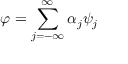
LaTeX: \varphi = \sum _ { j = - \infty } ^ { \infty } \alpha _ { j } \psi _ { j }